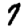
Digit: 7